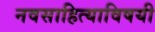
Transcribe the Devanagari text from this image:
नवसाहित्याविषयी